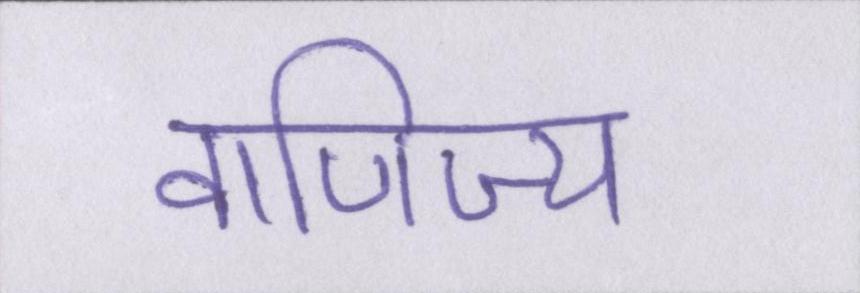
वाणिज्य